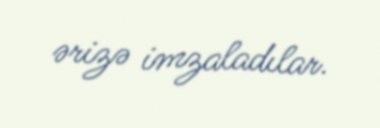
ərizə imzaladılar.